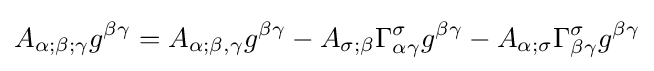
A_{\alpha ;\beta ;\gamma }g^{\beta \gamma }=A_{\alpha ;\beta ,\gamma }g^{\beta \gamma }-A_{\sigma ;\beta }\Gamma _{\alpha \gamma }^{\sigma }g^{\beta \gamma }-A_{\alpha ;\sigma }\Gamma _{\beta \gamma }^{\sigma }g^{\beta \gamma }